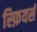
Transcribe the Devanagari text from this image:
स्फ़ियर्स